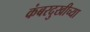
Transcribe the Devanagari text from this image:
कंबरदुखीच्या